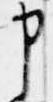
申